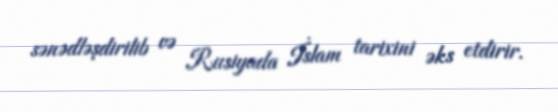
sənədləşdirilib və Rusiyada İslam tarixini əks etdirir.